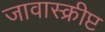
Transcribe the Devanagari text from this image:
जावास्क्रीप्ट